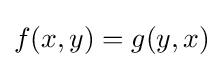
f(x,y)=g(y,x)